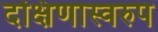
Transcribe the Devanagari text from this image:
दक्षिणास्वरुप